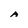
Character: A